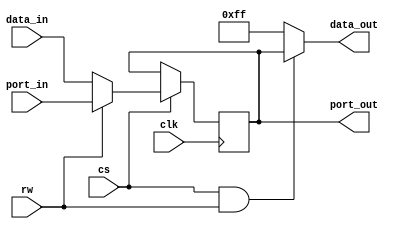
`timescale 1ns / 1ps
//////////////////////////////////////////////////////////////////////////////////
//  Copyright 2013-2016 Istvan Hegedus
//
//  FPGATED is free software: you can redistribute it and/or modify
//  it under the terms of the GNU General Public License as published by
//  the Free Software Foundation, either version 3 of the License, or
//  (at your option) any later version.
//
//  FPGATED is distributed in the hope that it will be useful,
//  but WITHOUT ANY WARRANTY; without even the implied warranty of
//  MERCHANTABILITY or FITNESS FOR A PARTICULAR PURPOSE.  See the
//  GNU General Public License for more details.
//
//  You should have received a copy of the GNU General Public License
//  along with this program.  If not, see <http://www.gnu.org/licenses/>. 
//
// Design Name: 	 FPGATED
// Module Name:    mos6529.v 
// Description:	 MOS 6529 IC emulation.
//	
// Revision: 
// 0.1	first release 				
//	1.0	chip read bug fixed 5/04/2016
//  
// Additional Comments: 
// CS signal is high active while in real IC it is low active.
//////////////////////////////////////////////////////////////////////////////////

module mos6529(
	 input clk,
    input [7:0] data_in,
    output wire [7:0] data_out,
    input [7:0] port_in,
    output wire [7:0] port_out,
    input rw,
    input cs
    );

reg [7:0] iodata=0;

assign port_out=iodata;
assign data_out=(cs & rw)?iodata:8'hff;

always @(posedge clk)
	begin
	if(cs)
		if(rw)
			iodata<=port_in;
		else
			iodata<=data_in;
	end
endmodule